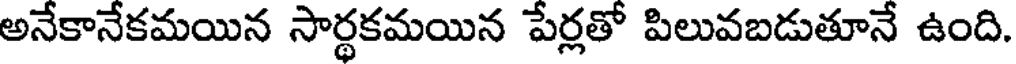
అనేకానేకమయిన సార్థకమయిన పేర్లతో పిలువబడుతూనే ఉంది.